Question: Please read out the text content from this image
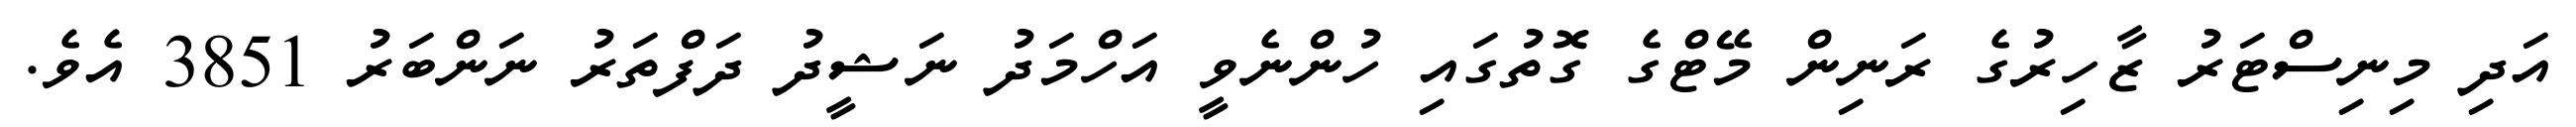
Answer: އަދި މިނިސްޓަރު ޒާހިރުގެ ރަނިން މޭޓްގެ ގޮތުގައި ހުންނެވީ އަހްމަދު ނަޝީދު ދަފްތަރު ނަންބަރު 3851 އެވެ.